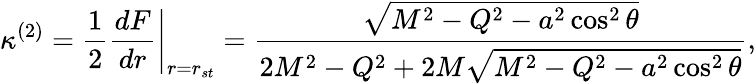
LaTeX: \left.\kappa^{(2)}=\frac{1}{2}\frac{dF}{dr}\right|_{r=r_{st}}=\frac{\sqrt{M^{2}-Q^{2}-a^{2}\cos^{2}\theta}}{2M^{2}-Q^{2}+2M\sqrt{M^{2}-Q^{2}-a^{2}\cos^{2}\theta}},